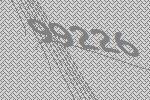
99226